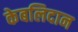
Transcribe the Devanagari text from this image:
केबलिदान